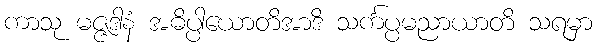
ကာသု မဇ္ဇဒါနံ အဓိပ္ပါယောတိအာဒိ သင်္ကပ္ပမညာယာတိ သရမှာ